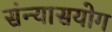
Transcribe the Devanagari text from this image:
संन्यासयोग